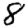
Digit: 8